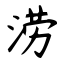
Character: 涝